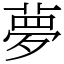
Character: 夢